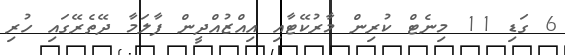
6 ގަޑި 11 މިނެޓް ކުރިން މާރުކޭޓާއި އިއްޒުއްދީން ފާލަމާ ދޭތެރޭގައި ހުރި